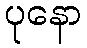
ပုနော